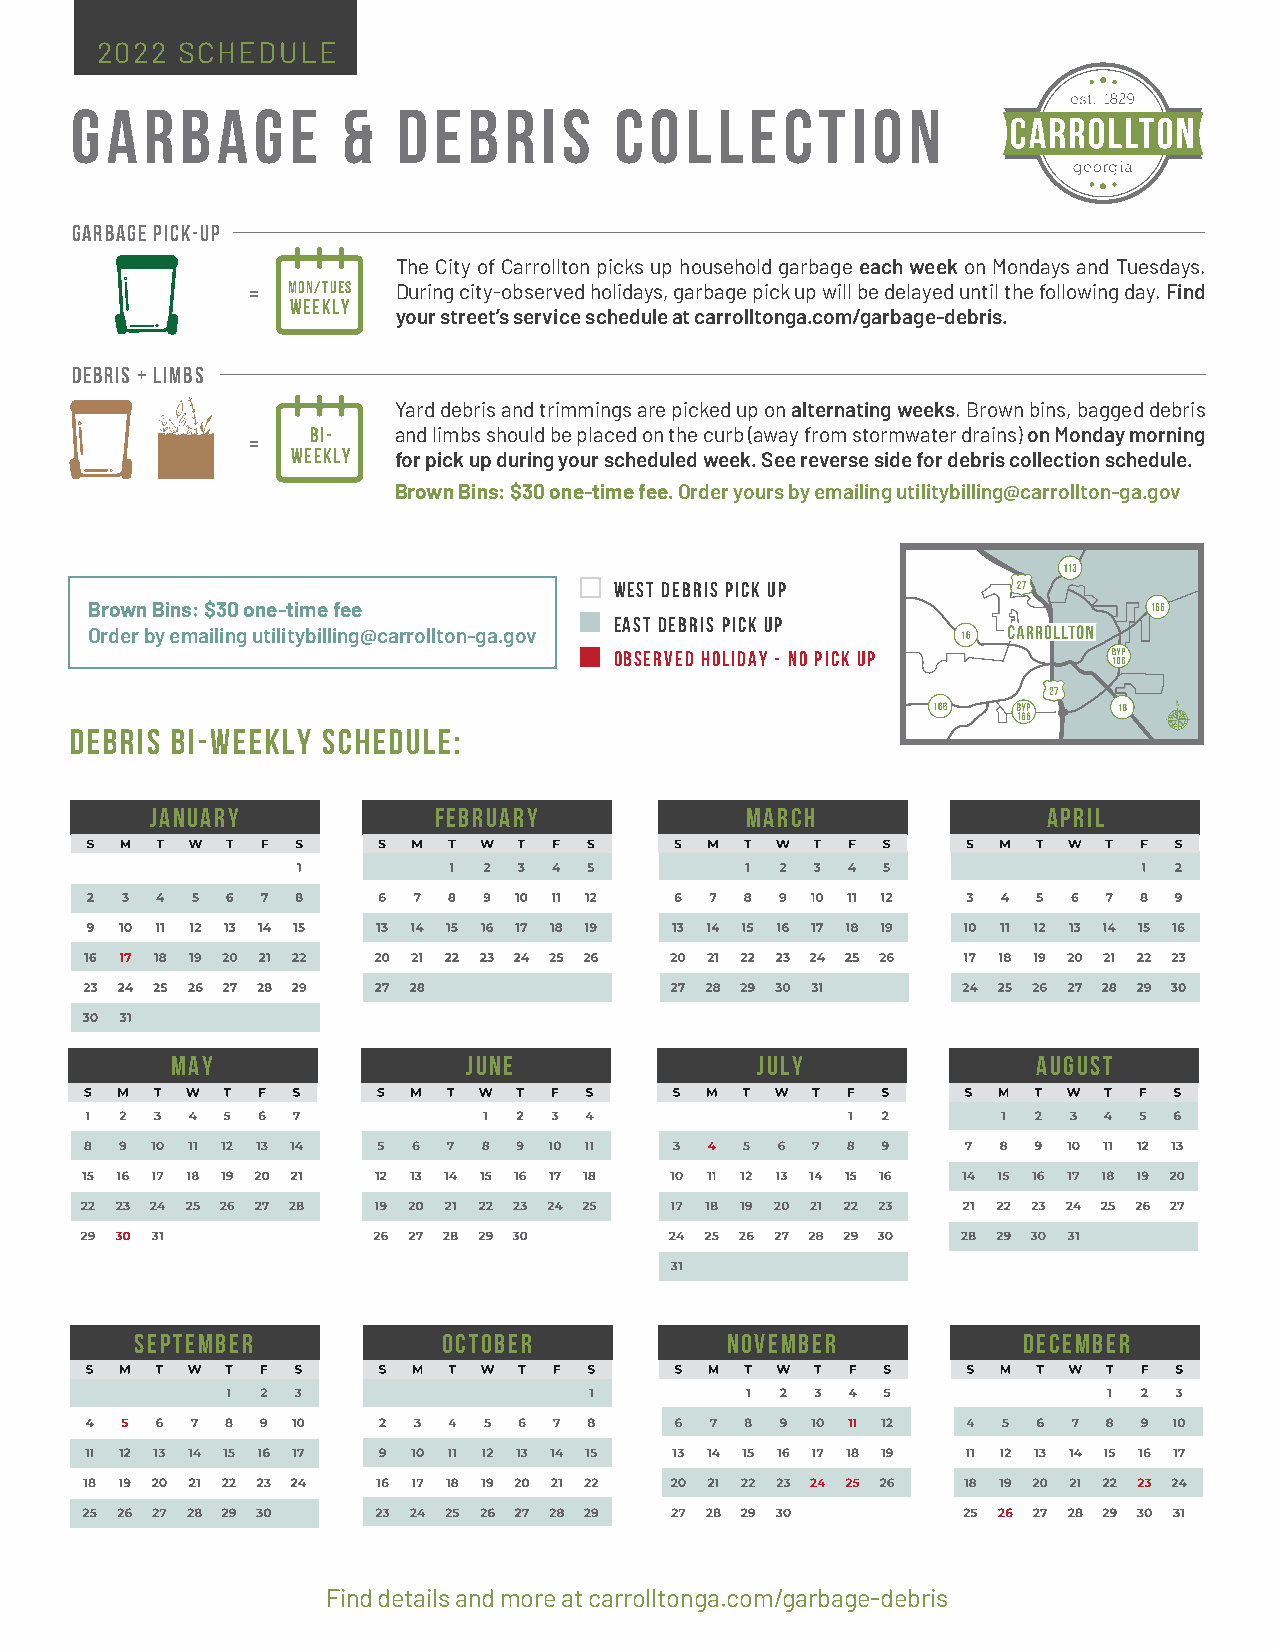
2022  SCHEDULE
 Garbage           &  DEBRIS        Collection
 garbage pick-up
 The City of Carrollton picks up household garbage each week on Mondays and Tuesdays.
 =  MON/TUES During city-observed holidays, garbage pick up will be delayed until the following day. Find
 WEEKLY
 your street’s service schedule at carrolltonga.com/garbage-debris.
 DEBRIS + LIMBS
 Yard debris and trimmings are picked up on alternating weeks. Brown bins, bagged debris
 BI-  and limbs should be placed on the curb (away from stormwater drains) on Monday morning
 =
 WEEKLY for pick up during your scheduled week. See reverse side for debris collection schedule.
 Brown Bins: $30 one-time fee. Order yours by emailing utilitybilling@carrollton-ga.gov
 WEST DEBRIS PICK UP
 Brown Bins: $30 one-time fee
 East Debris Pick up
 Order by emailing utilitybilling@carrollton-ga.gov
 Observed holiday - NO PICK UP
 DEBRIS BI-WEEKLY SCHEDULE:
 JANUARY            FEBRUARY            MARCH               APRIL
 MAY                 JUNE               JULY               AUGUST
 SEPTEMBER           OCTOBER            NOVEMBER            DECEMBER
 Find details and more at carrolltonga.com/garbage-debris